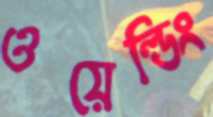
ওয়েল্ডিং